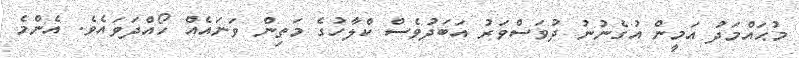
މުޙައްމަދު އަމީން އުގެނުނު ދުވަސްވަރު އަބަދުވެސް ކްލާހުގެ މަތިން ވަނައެއް ހޯއްދަވައެވެ. އެންމެ